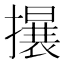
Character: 𱠻